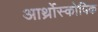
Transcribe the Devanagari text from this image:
आर्थ्रोस्कोपिक